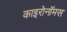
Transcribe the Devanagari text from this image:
काइरोनॉमस